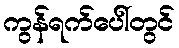
ကွန်ရက်ပေါ်တွင်